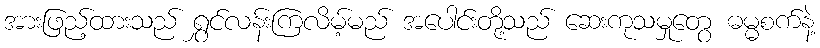
အားဖြည့်ထားသည် ရွှင်လန်းကြလိမ့်မည် အပေါင်းတို့သည် ဆေးကုသမှုတွေ ဓမ္မစက်နဲ့